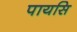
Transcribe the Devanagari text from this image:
पायसि